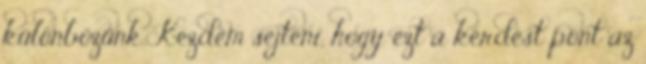
különbözünk. Kezdem sejteni, hogy ezt a kérdést pont az